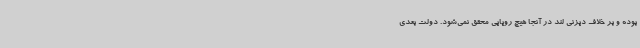
بوده و بر خلاف دیزنی لند در آنجا هیچ رویایی محقق نمی‌شود. دولت بعدی